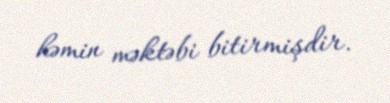
həmin məktəbi bitirmişdir.